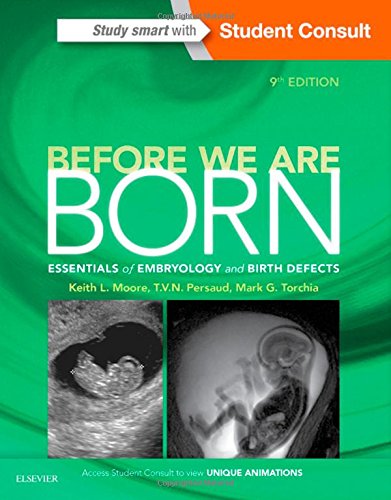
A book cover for Before We Are Born: Essentials of Embryology and Birth Defects, 9e; Keith L. Moore BA  MSc  PhD  DSc  FIAC  FRSM  FAAA; Medical Books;